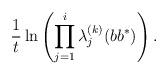
LaTeX: \begin{align*}\frac{1}{t}\ln\left( \prod_{j=1}^i \lambda_j^{(k)}(bb^*)\right).\end{align*}